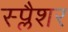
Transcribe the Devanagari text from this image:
स्प्लैशर